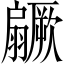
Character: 𱻥